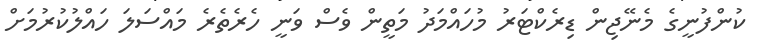
ކުންފުނީގެ މެނޭޖިން ޑިރެކްޓަރު މުހައްމަދު މަތީން ވެސް ވަނީ ހެރެތެރެ މައްސަލަ ހައްލުކުރުމަށް